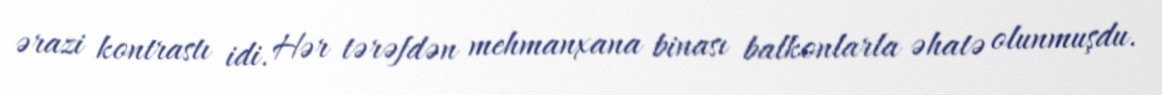
ərazi kontrastı idi. Hər tərəfdən mehmanxana binası balkonlarla əhatə olunmuşdu.